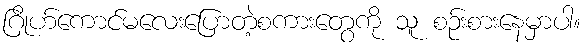
ဂြိုဟ်ကောင်မလေးပြောတဲ့စကားတွေကို သူ စဉ်းစားနေမှာပါ။